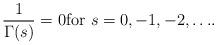
LaTeX: \begin{align*}\dfrac{1}{\Gamma(s)} =0\mbox{for $s=0,-1,-2,\ldots$}.\end{align*}